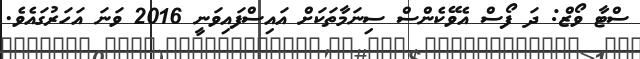
ސްޓާ ވޯޒް: ދަ ފޯސް އެވޭކެންސް ސިނަމާތަކަށް އައިސްފައިވަނީ 2016 ވަނަ އަހަރުގައެވެ.